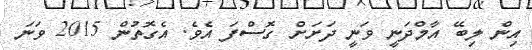
އިން ލިބޭ އާމްދަނީ ވަނީ ދަށަށް ގޮސްފަ އެވެ. އެގޮތުން 2015 ވަނަ